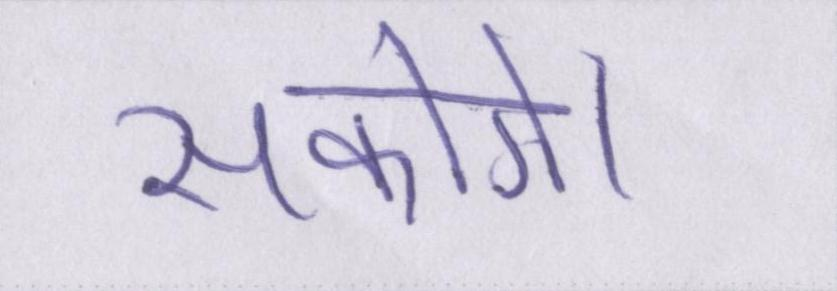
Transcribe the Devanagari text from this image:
सकोगे।